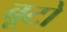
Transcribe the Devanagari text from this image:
बूटो